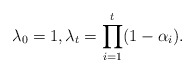
\begin{align*}\lambda_0=1, \lambda_t=\prod_{i=1}^{t}(1-\alpha_i).\end{align*}